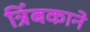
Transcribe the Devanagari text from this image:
त्रिंबकाने